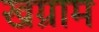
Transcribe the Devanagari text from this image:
खग्राम